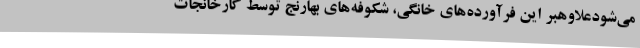
می‌شودعلاوهبر این فرآورده‌های خانگی، شکوفه‌های بهارنج توسط کارخانجات